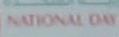
national